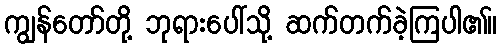
ကျွန်တော်တို့ ဘုရားပေါ်သို့ ဆက်တက်ခဲ့ကြပါ၏။